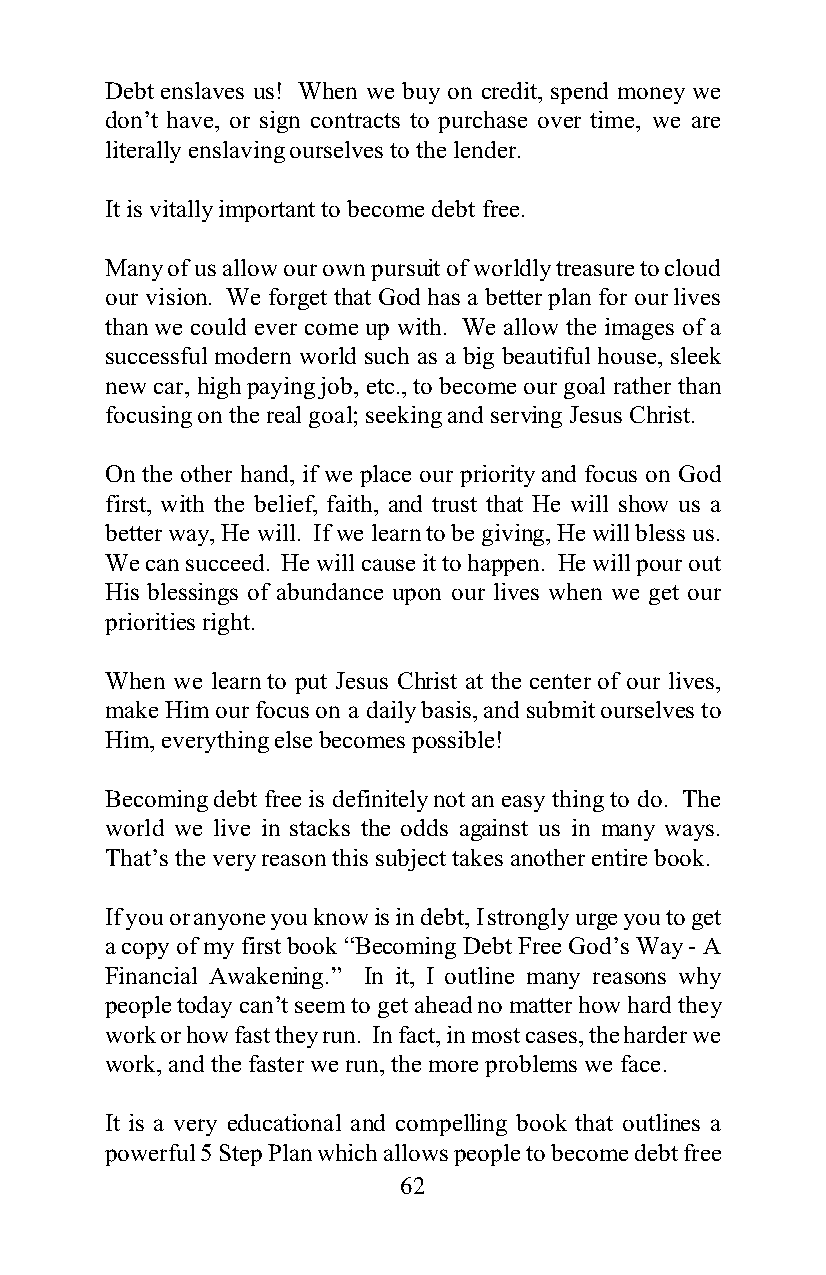
Debt enslaves us! When we buy on credit, spend money we
 don’t have, or sign contracts to purchase over time, we are
 literally enslaving ourselves to the lender.
 It is vitally important to become debt free.
 Many of us allow our own pursuit of worldly treasure to cloud
 our vision. We forget that God has a better plan for our lives
 than we could ever come up with. We allow the images of a
 successful modern world such as a big beautiful house, sleek
 new car, high paying job, etc., to become our goal rather than
 focusing on the real goal; seeking and serving Jesus Christ.
 On the other hand, if we place our priority and focus on God
 first, with the belief, faith, and trust that He will show us a
 better way, He will. If we learn to be giving, He will bless us.
 We can succeed. He will cause it to happen. He will pour out
 His blessings of abundance upon our lives when we get our
 priorities right.
 When we learn to put Jesus Christ at the center of our lives,
 make Him our focus on a daily basis, and submit ourselves to
 Him, everything else becomes possible!
 Becoming debt free is definitely not an easy thing to do. The
 world we live in stacks the odds against us in many ways.
 That’s the very reason this subject takes another entire book.
 If you or anyone you know is in debt, I strongly urge you to get
 a copy of my first book “Becoming Debt Free God’s Way - A
 Financial Awakening.” In it, I outline many reasons why
 people today can’t seem to get ahead no matter how hard they
 work or how fast they run. In fact, in most cases, the harder we
 work, and the faster we run, the more problems we face.
 It is a very educational and compelling book that outlines a
 powerful 5 Step Plan which allows people to become debt free
 62